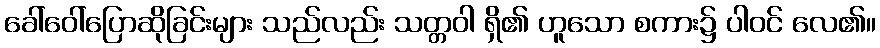
ခေါ်ဝေါ်ပြောဆိုခြင်းများ သည်လည်း သတ္တဝါ ရှိ၏ ဟူသော စကား၌ ပါဝင် လေ၏။